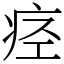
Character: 痉